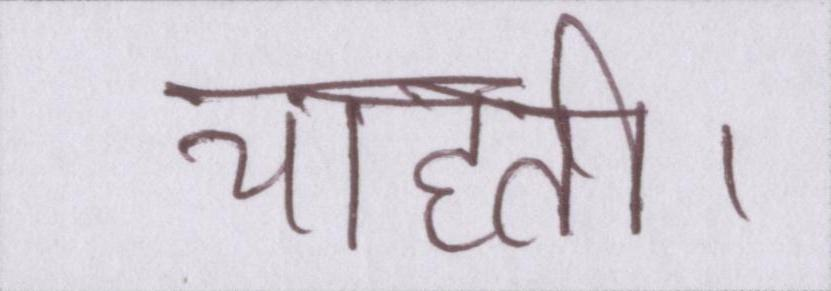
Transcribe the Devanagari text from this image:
चाहती।